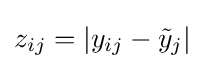
z_{ij}=\left\vert y_{ij}-{\tilde {y}}_{j}\right\vert